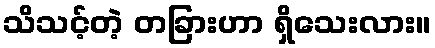
သိသင့်တဲ့ တခြားဟာ ရှိသေးလား။